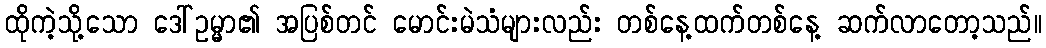
ထိုကဲ့သို့သော ဒေါ်ဥမ္မာ၏ အပြစ်တင် မောင်းမဲသံများလည်း တစ်နေ့ထက်တစ်နေ့ ဆက်လာတော့သည်။